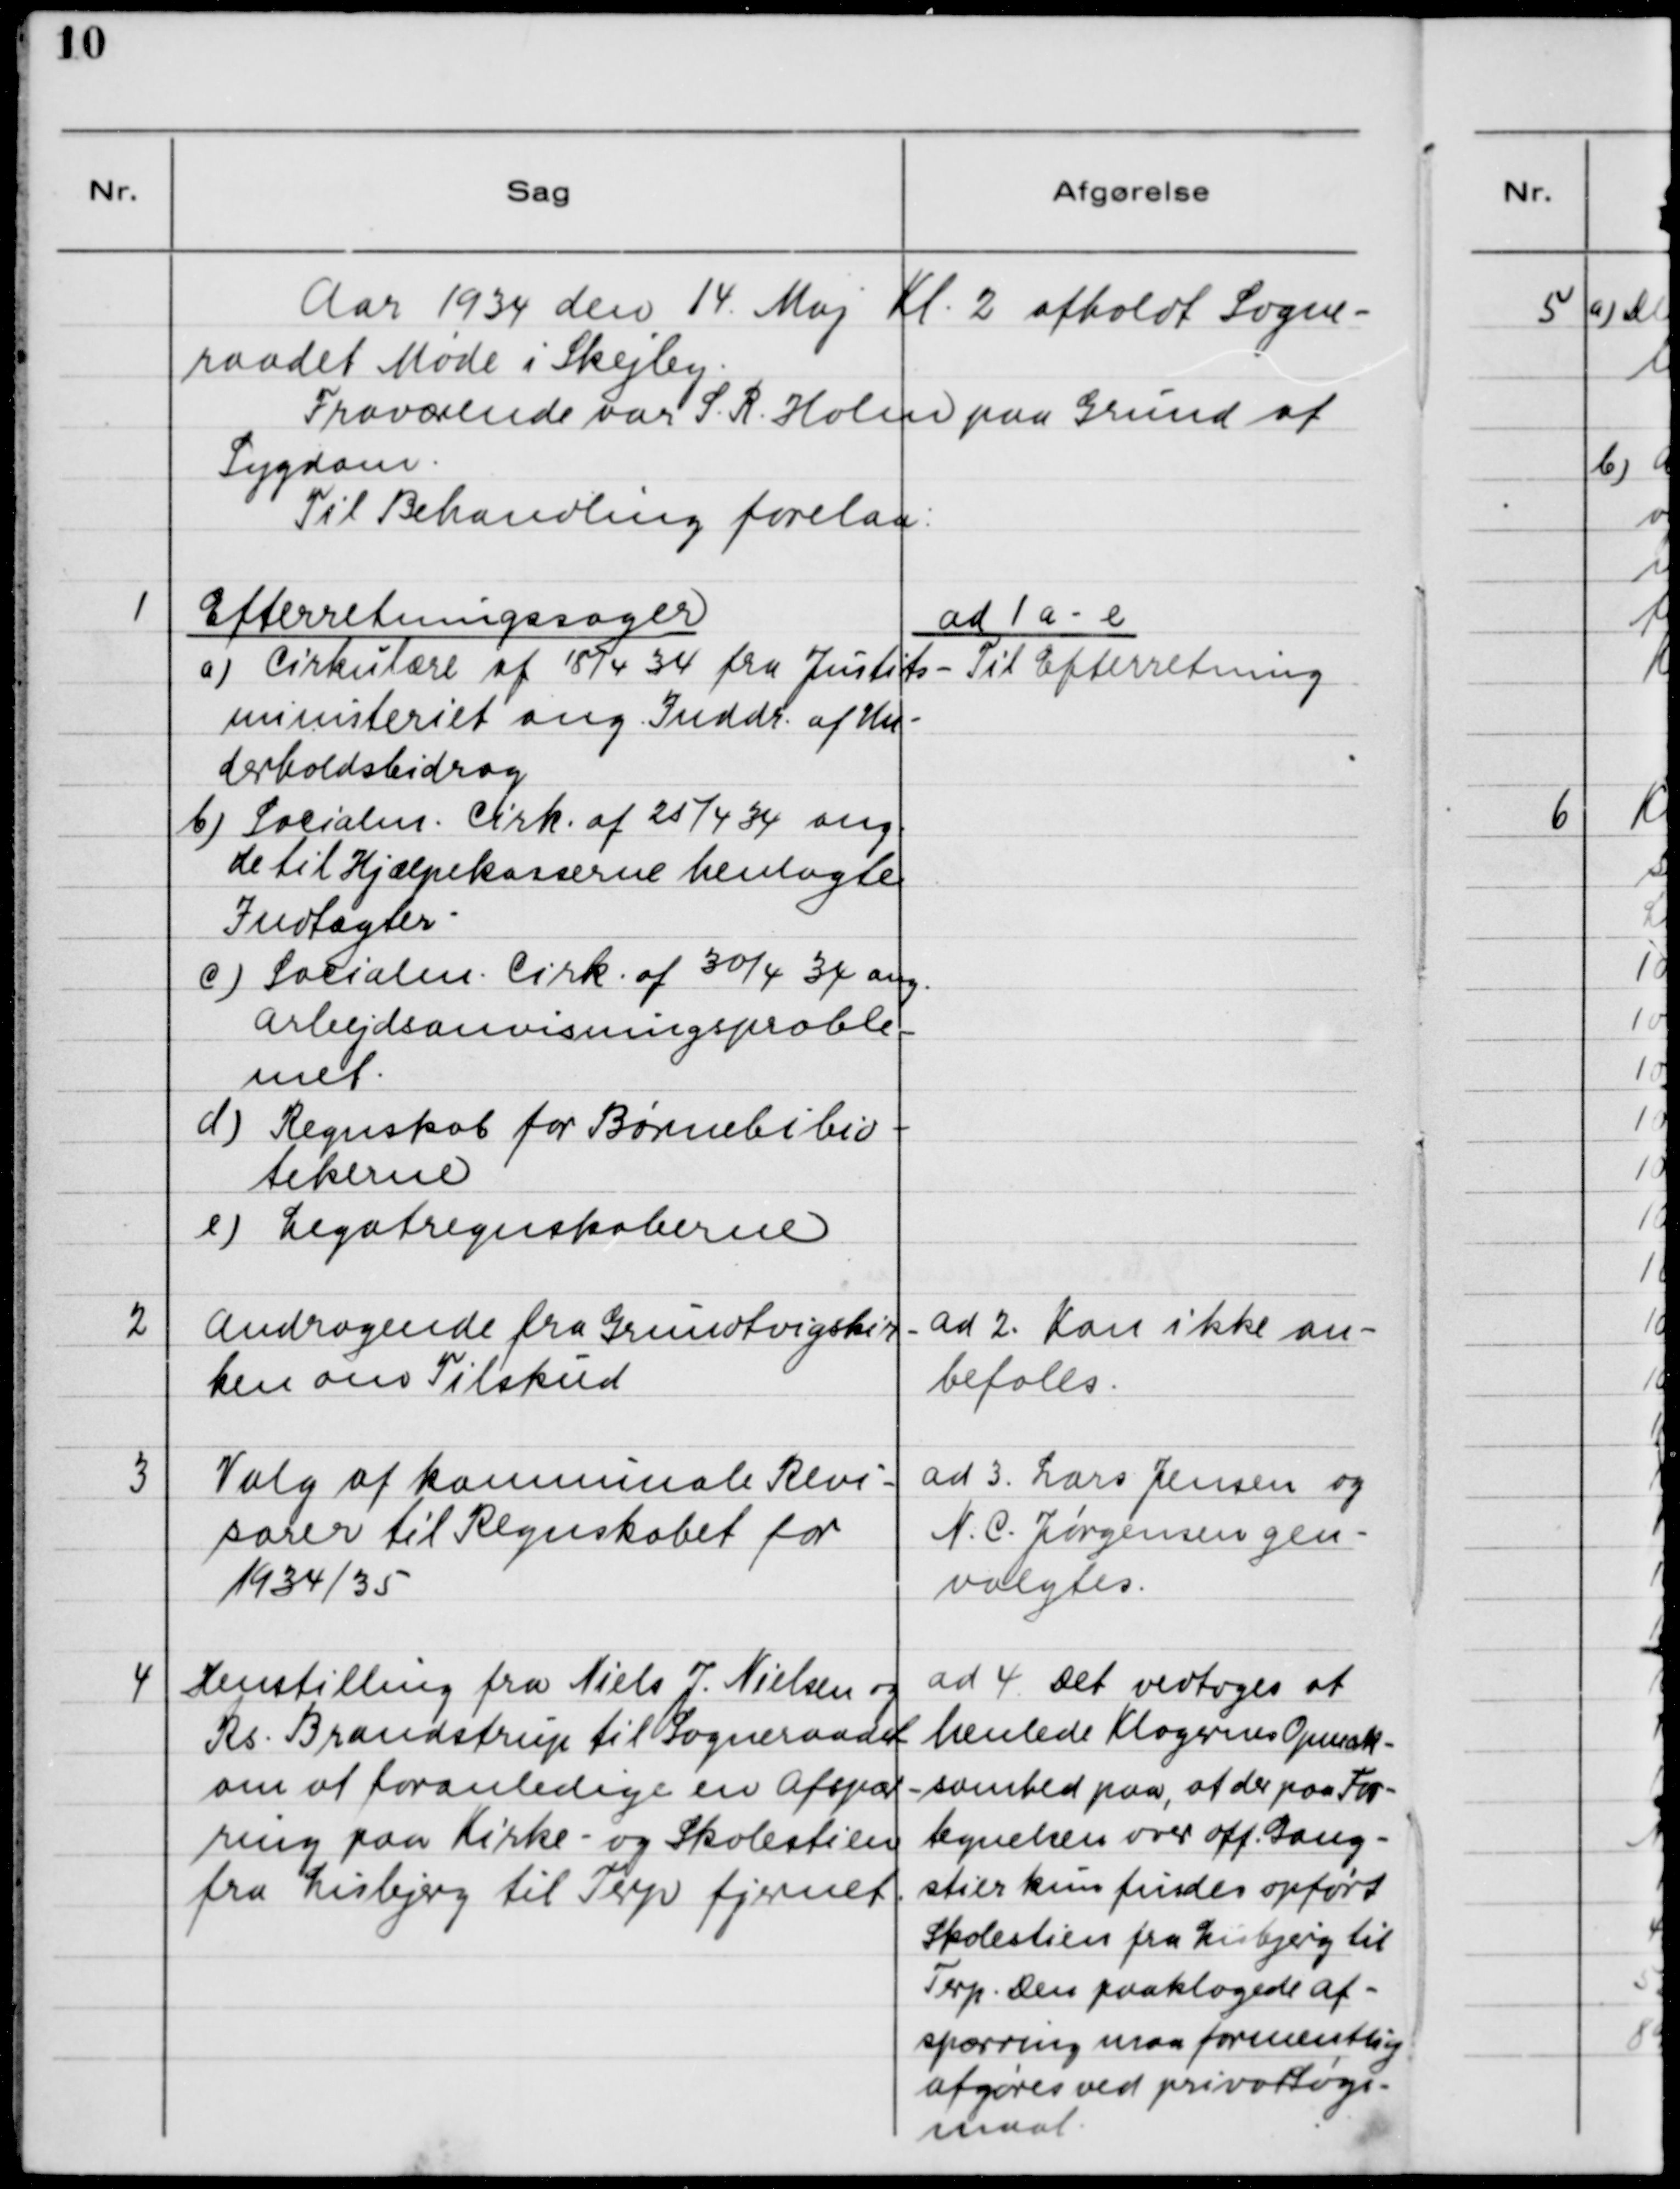
Transskription:
Aar 1934 den 14. Maj Kl. 2 afholdt Sogne-
raadet Møde i Skejby.
Fraværende var S. R. Holm paa Grund af
Sygdom.
Til Behandling forelaa:

1

Efterretningssager.
a) Cirkulære af 18/4 34 fra Justits-
ministeriet ang. Inddr. af Un-
derholdsbidrag
b) Socialm. Cirk. af 25/4 34 ang.
de til Hjælpekasserne henlagte
Indtægter.
c) Socialm. Cirk. af 30/4 34 ang.
Arbejdsanvisningsproble-
met.
d) Regnskab for Børnebiblio-
tekerne
e) Legatregnskaberne

ad 1 a-e
Til Efterretning

2

Andragende fra Grundvigskir-
ken om Tilskud

ad 2. Kan ikke an-
befales

3

Valg af kommunale Revi-
sorer til Regnskabet for
1934/35

ad 3. Lars Jensen og
N.C. Jørgensen gen-
valgtes.

4

Henstilling fra Niels J. Nielsen og
Rs. Brandstrup til Sogneraadet
om at foranledige en Afspær-
ring paa Kirke- og Skolestien
fra Lisbjerg til Terp fjernet.

ad 4. Det vedtoges at
henlede Klagernes Opmærk-
somhed paa, at der paa For-
tegnelsen over off. Gang-
stier kun findes opført
Skolestien fra Lisbjerg til
Terp. Den paaklagede Af-
spærring maa formentlig
afgøres ved privat Søgs-
maal.